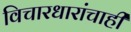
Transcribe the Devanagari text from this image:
विचारधारांचाही